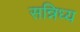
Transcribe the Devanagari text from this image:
सन्निध्य